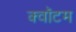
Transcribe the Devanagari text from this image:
क्‍वॉटम